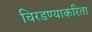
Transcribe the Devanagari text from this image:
चिरडण्याकरिता